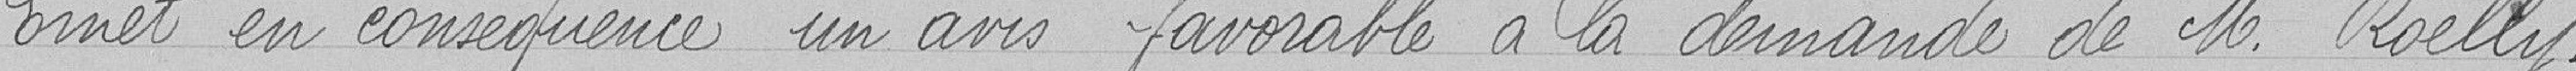
Emet en conséquence un avis favorable à la demande de Monsieur Roelly.